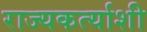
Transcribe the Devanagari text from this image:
राज्यकर्त्याशी